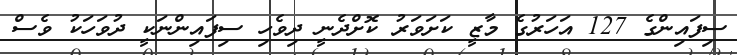
ސިފައިންގެ 127 އަހަރުގެ މާޒީ ކަށަވަރު ކޮށްދެނީ ދިވެހި ސިފައިންނަކީ ދުވަހަކު ވެސް